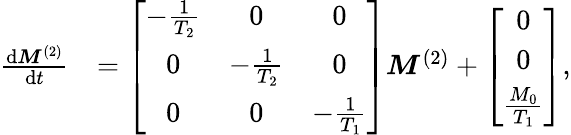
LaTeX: \begin{array}{rl}{\frac{\mathrm{d}\boldsymbol{M}^{(2)}}{\mathrm{d}t}}&{=\left[\begin{array}{ccc}{-\frac{1}{T_{2}}}&{0}&{0}\\ {0}&{-\frac{1}{T_{2}}}&{0}\\ {0}&{0}&{-\frac{1}{T_{1}}}\end{array}\right]\boldsymbol{M}^{(2)}+\left[\begin{array}{c}{0}\\ {0}\\ {\frac{M_{0}}{T_{1}}}\end{array}\right],}\end{array}